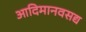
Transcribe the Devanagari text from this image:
आदिमानवसद्य